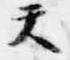
天